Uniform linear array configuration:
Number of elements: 12
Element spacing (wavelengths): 0.75
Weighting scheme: cosine
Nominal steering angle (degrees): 60
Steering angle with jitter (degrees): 61.478
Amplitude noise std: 0.05
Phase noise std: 0.05

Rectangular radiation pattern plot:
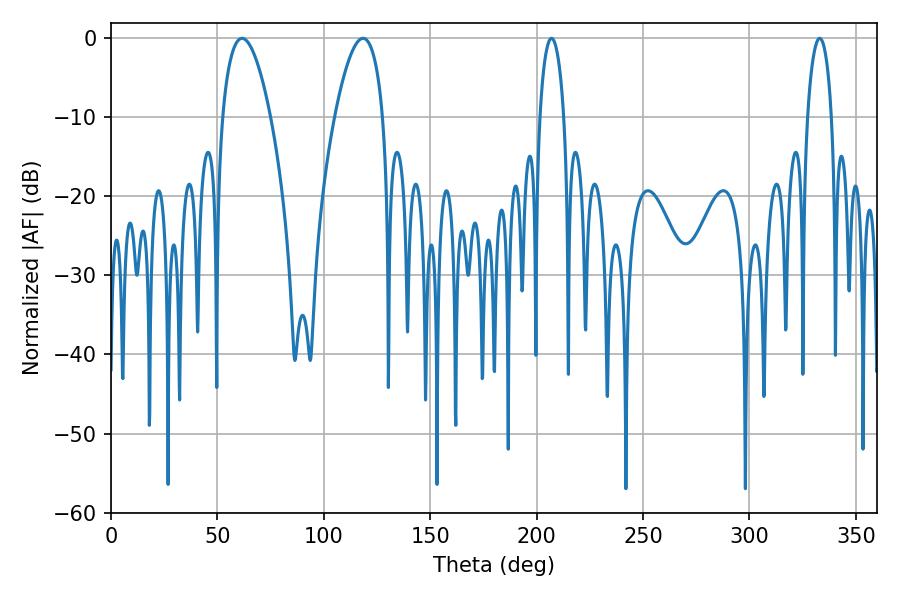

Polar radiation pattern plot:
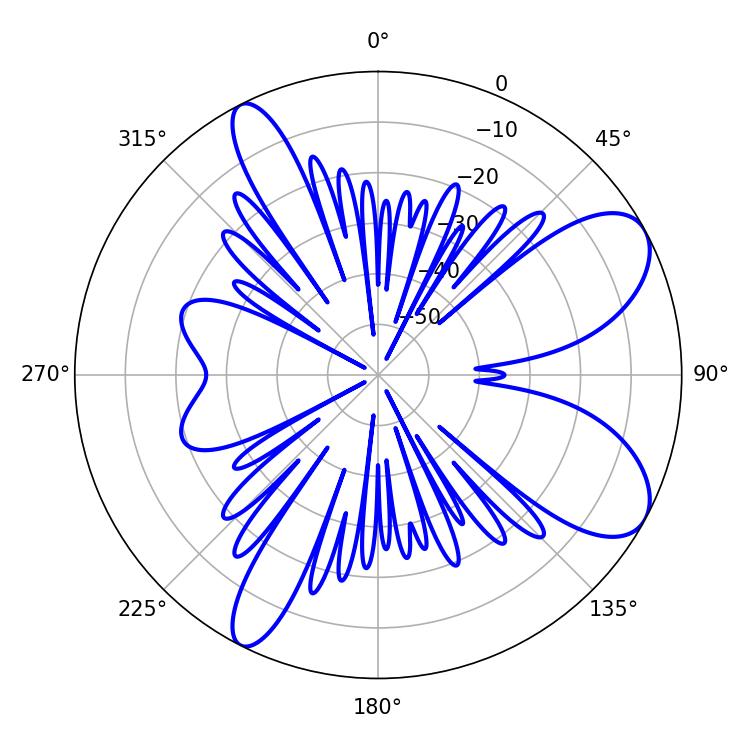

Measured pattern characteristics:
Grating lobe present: TRUE
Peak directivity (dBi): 8.263
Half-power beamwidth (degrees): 6.48
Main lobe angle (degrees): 207